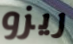
ريزو